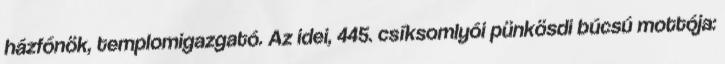
házfőnök, templomigazgató. Az idei, 445. csíksomlyói pünkösdi búcsú mottója: